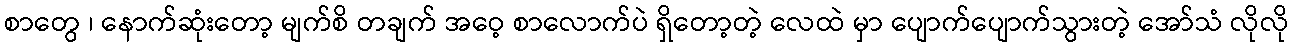
စာတွေ ၊ နောက်ဆုံးတော့ မျက်စိ တချက် အဝေ့ စာလောက်ပဲ ရှိတော့တဲ့ လေထဲ မှာ ပျောက်ပျောက်သွားတဲ့ အော်သံ လိုလို